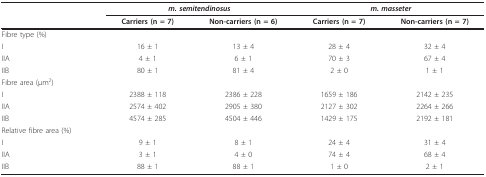
<table><thead><tr><td></td><td colspan="2"><b><i>m. semitendinosus</i></b></td><td colspan="2"><b><i>m. masseter</i></b></td></tr><tr><td></td><td><b>Carriers (n = 7)</b></td><td><b>Non-carriers (n = 6)</b></td><td><b>Carriers (n = 7)</b></td><td><b>Non-carriers (n = 7)</b></td></tr></thead><tbody><tr><td>Fibre type (%)</td><td></td><td></td><td></td><td></td></tr><tr><td>I</td><td>16 ± 1</td><td>13 ± 4</td><td>28 ± 4</td><td>32 ± 4</td></tr><tr><td>IIA</td><td>4 ± 1</td><td>6 ± 1</td><td>70 ± 3</td><td>67 ± 4</td></tr><tr><td>IIB</td><td>80 ± 1</td><td>81 ± 4</td><td>2 ± 0</td><td>1 ± 1</td></tr><tr><td>Fibre area (μm<sup>2</sup>)</td><td></td><td></td><td></td><td></td></tr><tr><td>I</td><td>2388 ± 118</td><td>2386 ± 228</td><td>1659 ± 186</td><td>2142 ± 235</td></tr><tr><td>IIA</td><td>2574 ± 402</td><td>2905 ± 380</td><td>2127 ± 302</td><td>2264 ± 266</td></tr><tr><td>IIB</td><td>4574 ± 285</td><td>4504 ± 446</td><td>1429 ± 175</td><td>2192 ± 181</td></tr><tr><td>Relative fibre area (%)</td><td></td><td></td><td></td><td></td></tr><tr><td>I</td><td>9 ± 1</td><td>8 ± 1</td><td>24 ± 4</td><td>31 ± 4</td></tr><tr><td>IIA</td><td>3 ± 1</td><td>4 ± 0</td><td>74 ± 4</td><td>68 ± 4</td></tr><tr><td>IIB</td><td>88 ± 1</td><td>88 ± 1</td><td>1 ± 0</td><td>2 ± 1</td></tr></tbody></table>